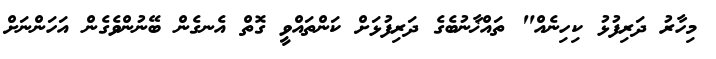
މިހާރު ދަރިފުޅު ކިހިނެއް" ތައްޚާނުބެގެ ދަރިފުޅަށް ކަންތައްވީ ގޮތް އެނގެން ބޭނުންވެގެން އަހަންނަށް